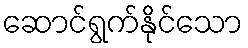
ဆောင်ရွက်နိုင်သော